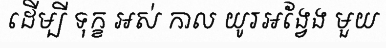
ដើម្បី ទុក្ខ អស់ កាល យូរអង្វែង មួយ